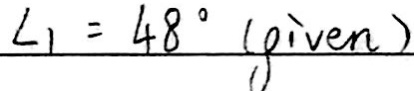
\angle 1 = 4 8 ^ { \circ } ( g i v e n )